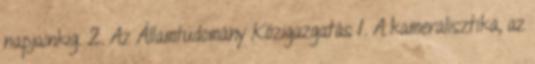
napjainkig. 2. Az Államtudomány Közigazgatás 1. A kameralisztika, az